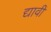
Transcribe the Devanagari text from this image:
द्यावीं